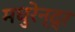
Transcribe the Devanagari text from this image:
मधुरेन्द्र